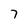
Character: 7